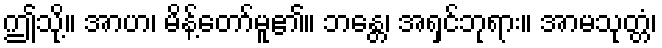
ဤသို့။ အာဟ၊ မိန့်တော်မူ၏။ ဘန္တေ၊ အရှင်ဘုရား။ အာမသုတ္တံ၊